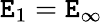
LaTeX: \mathtt{E}_{1}=\mathtt{E}_{\infty}